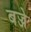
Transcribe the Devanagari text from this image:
बज्जे